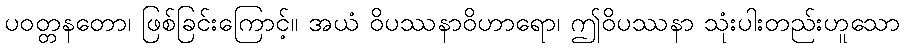
ပဝတ္တနတော၊ ဖြစ်ခြင်းကြောင့်။ အယံ ဝိပဿနာဝိဟာရော၊ ဤဝိပဿနာ သုံးပါးတည်းဟူသော